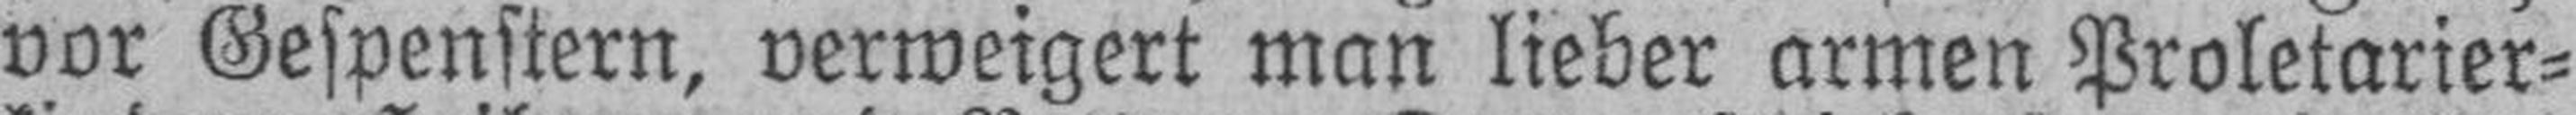
vor Gespenstern, verweigert man lieber armen Proletarier¬